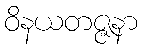
ဝိနယတဇ္ဇနာ